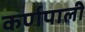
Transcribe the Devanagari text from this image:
कर्णपाली